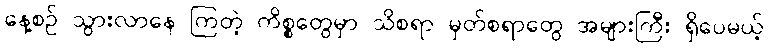
နေ့စဉ် သွားလာနေ ကြတဲ့ ကိစ္စတွေမှာ သိစရာ မှတ်စရာတွေ အများကြီး ရှိပေမယ့်